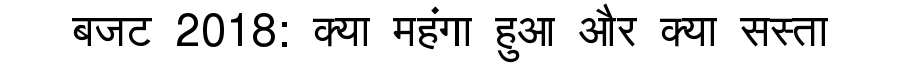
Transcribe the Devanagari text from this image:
बजट 2018: क्या महंगा हुआ और क्या सस्ता